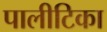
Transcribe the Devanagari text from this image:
पालीटिका